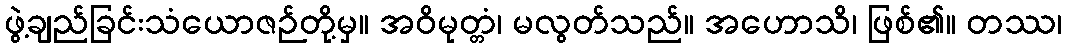
ဖွဲ့ချည်ခြင်းသံယောဇဉ်တို့မှ။ အဝိမုတ္တံ၊ မလွတ်သည်။ အဟောသိ၊ ဖြစ်၏။ တဿ၊